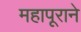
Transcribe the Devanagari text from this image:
महापूराने